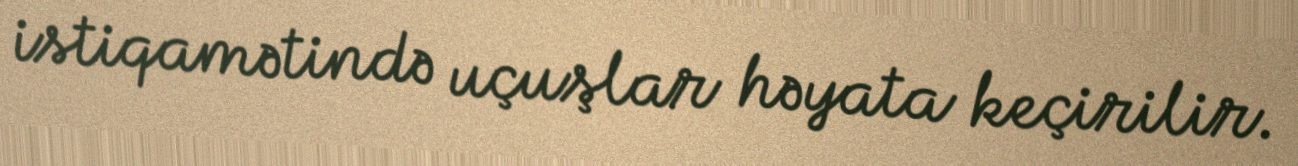
istiqamətində uçuşlar həyata keçirilir.